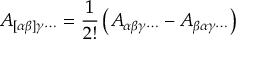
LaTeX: A _ { [ \alpha \beta ] \gamma \cdots } = { \frac { 1 } { 2 ! } } \left( A _ { \alpha \beta \gamma \cdots } - A _ { \beta \alpha \gamma \cdots } \right)